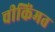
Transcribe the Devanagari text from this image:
चीकिंमत